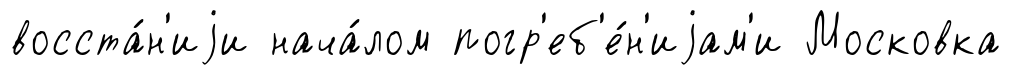
восста́н'иjи нача́лом погр'еб'е́н'иjам'и Московка